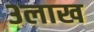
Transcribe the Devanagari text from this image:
३लाख